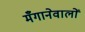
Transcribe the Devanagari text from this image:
मँगानेवालों